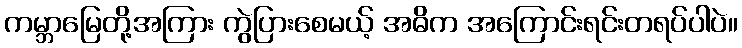
ကမ္ဘာမြေတို့အကြား ကွဲပြားစေမယ့် အဓိက အကြောင်းရင်းတရပ်ပါပဲ။